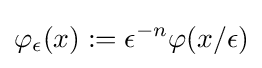
\varphi _{\epsilon }(x):=\epsilon ^{-n}\varphi (x/\epsilon )